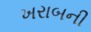
ખરાબની